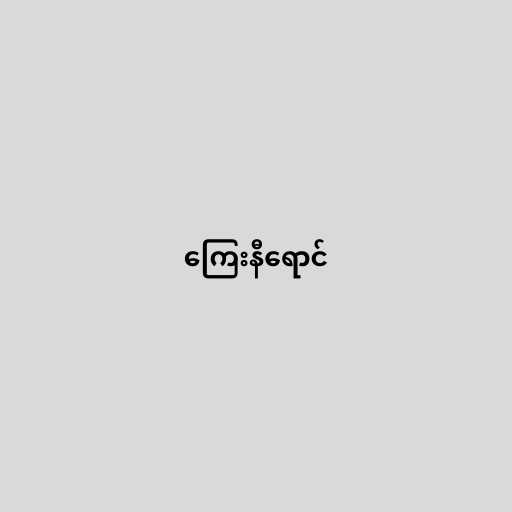
ကြေးနီရောင်